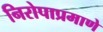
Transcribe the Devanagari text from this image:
निरोपाप्रमाणे